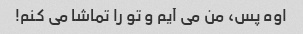
اوه پس، من می آیم و تو را تماشا می کنم!